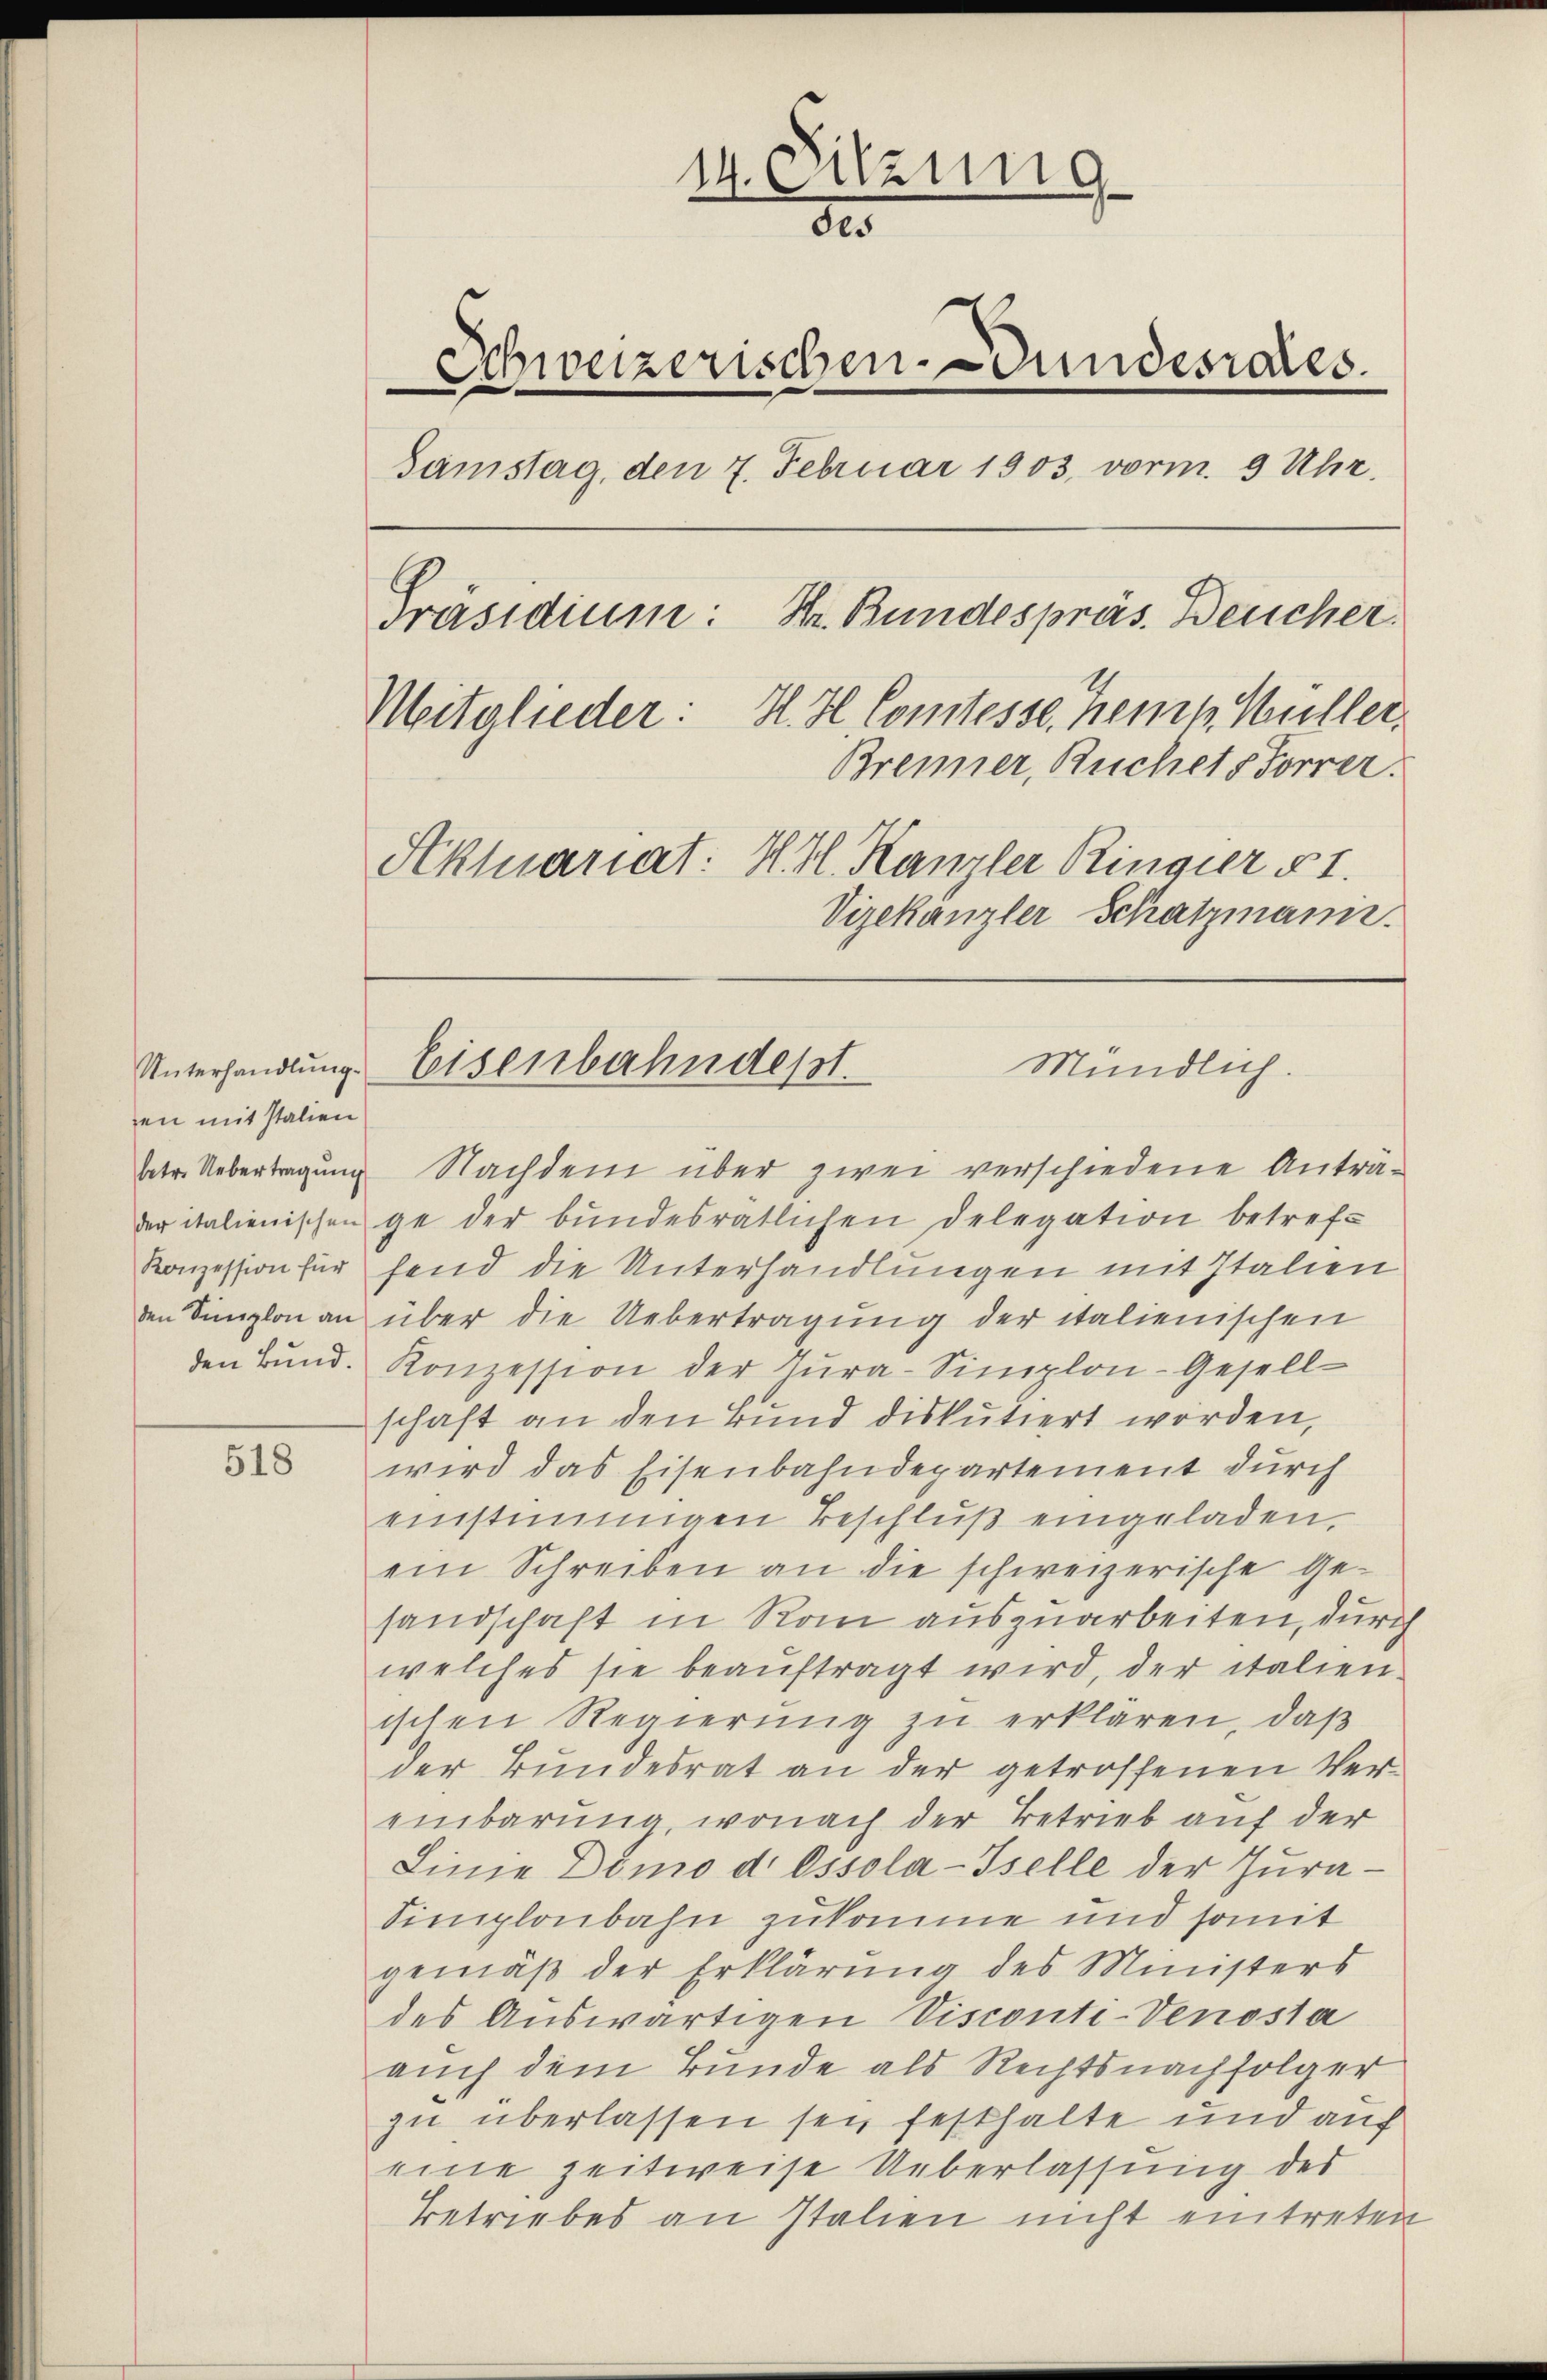
Unterhandlung.
en mit Italien

518

14. Sitzung
der
Schweizerischen Gundesrates.
Samstag, den 7. Februar 1903 vorm. 9 Uhr.
Br. Bundespräs. Deucher.
Präsidium:
Mitglieder: H. H. Comtesse heit Müller.
Brenner, Ruchets Forrer.
Aktuariat: H. Hl. Kanzler Ringier § 1.
Vizekanzler Schatzmann.

leisenbahndept.
Mündlich.

betr. Uebertragung Nachdem über zwei verschiedene Anträder italienischen ge der bundesrätlichen Delegation betref-
Konzession für send die Unterhandlungen mit Italien
den Simplon an über die Uebertragung der italienischen
den Bund. Konzession der Tura-Simplon-Gesell-
schaft an den Bund diskutiert worden,
wird das Eisenbahndepartement durch
einstimmigen Beschlŭβ eingeladen,
ein Schreiben an die schweizerische Gesandschaft in Rom auszuarbeiten, durch
welches sie beaŭftragt wird, der italien-
ischen Regierung zu erklären, daß
der Bundesrat an der getroffenen Vereinbarung wonach der Betrieb auf der
Linie Dömo d. Ossola-Iselle der Jura.
Simplonbahn zukomme und somit
gemäß der Erklärung des Ministers
des Auswärtigen Visconti-Venosta
auch dem Bunde als Rechtsnachfolger
zu überlassen sey festhalte und auf
eine zeitweise Ueberlassung des
Betriebes an Italien nicht eintreten